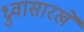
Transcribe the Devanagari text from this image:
ध्रुवासारखे